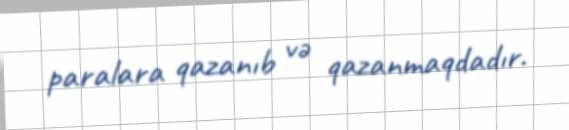
paralara qazanıb və qazanmaqdadır.